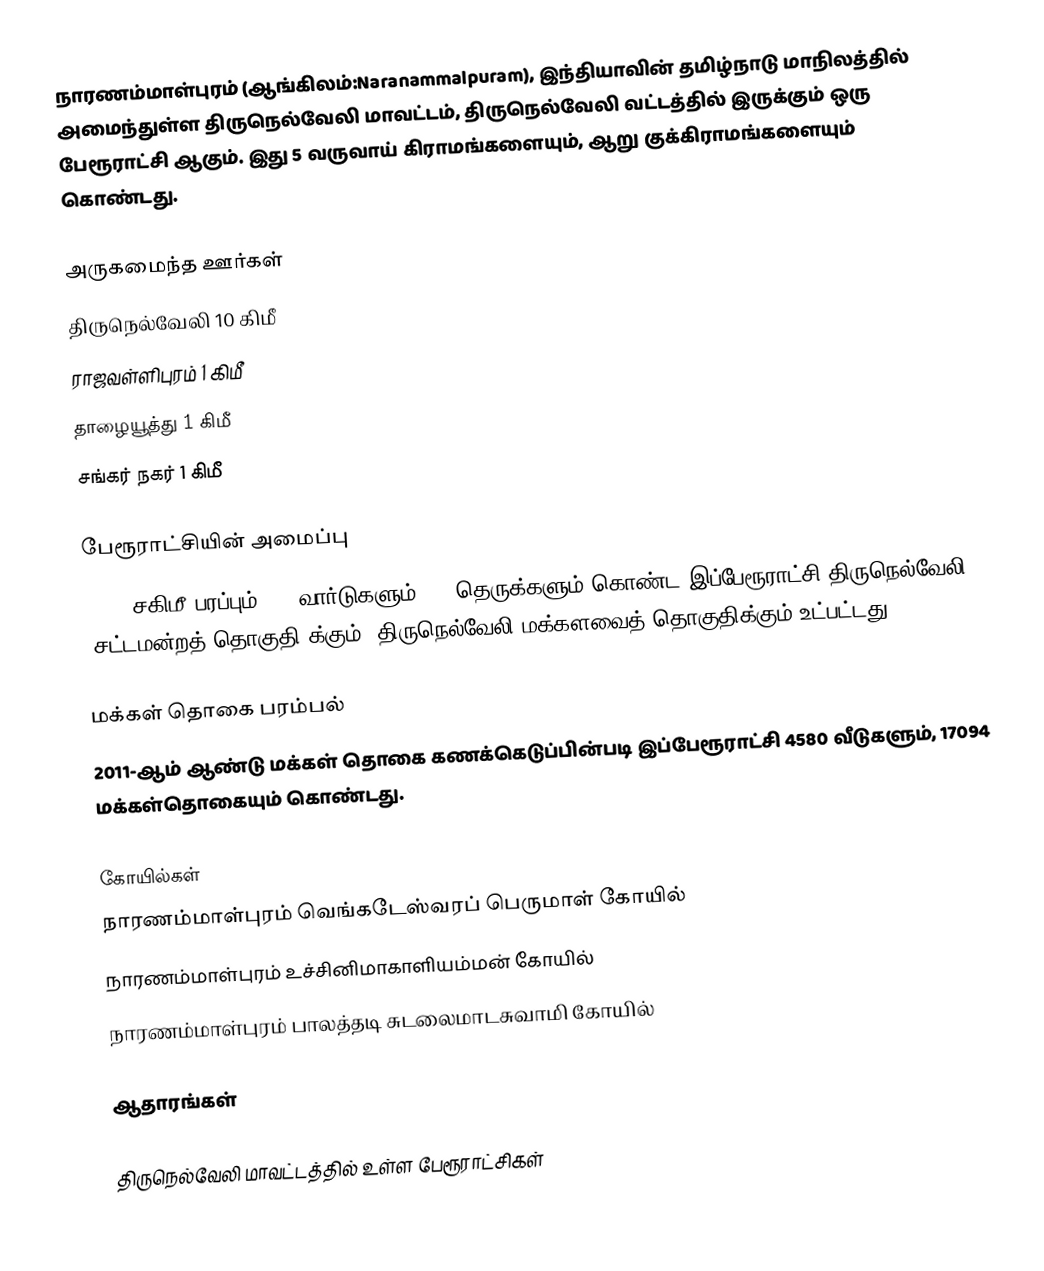
நாரணம்மாள்புரம் (ஆங்கிலம்:Naranammalpuram), இந்தியாவின் தமிழ்நாடு மாநிலத்தில் அமைந்துள்ள திருநெல்வேலி மாவட்டம், திருநெல்வேலி வட்டத்தில் இருக்கும் ஒரு பேரூராட்சி ஆகும்.  இது 5 வருவாய் கிராமங்களையும், ஆறு குக்கிராமங்களையும் கொண்டது.

அருகமைந்த ஊர்கள்
 திருநெல்வேலி 10 கிமீ
 ராஜவள்ளிபுரம் 1 கிமீ
 தாழையூத்து  1 கிமீ
 சங்கர் நகர் 1 கிமீ

பேரூராட்சியின் அமைப்பு
18.13  சகிமீ பரப்பும், 15 வார்டுகளும், 62    தெருக்களும் கொண்ட இப்பேரூராட்சி  திருநெல்வேலி (சட்டமன்றத் தொகுதி)க்கும், திருநெல்வேலி மக்களவைத் தொகுதிக்கும் உட்பட்டது.

மக்கள் தொகை பரம்பல்
2011-ஆம் ஆண்டு மக்கள் தொகை கணக்கெடுப்பின்படி  இப்பேரூராட்சி                4580 வீடுகளும், 17094 மக்கள்தொகையும் கொண்டது.

கோயில்கள்
 நாரணம்மாள்புரம் வெங்கடேஸ்வரப் பெருமாள் கோயில்
 நாரணம்மாள்புரம் உச்சினிமாகாளியம்மன் கோயில்
 நாரணம்மாள்புரம் பாலத்தடி சுடலைமாடசுவாமி கோயில்

ஆதாரங்கள்

திருநெல்வேலி மாவட்டத்தில் உள்ள பேரூராட்சிகள்